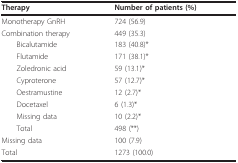
<table><thead><tr><td><b>Therapy</b></td><td><b>Number of patients (%)</b></td></tr></thead><tbody><tr><td>Monotherapy GnRH</td><td>724 (56.9)</td></tr><tr><td>Combination therapy</td><td>449 (35.3)</td></tr><tr><td> Bicalutamide</td><td>183 (40.8)*</td></tr><tr><td> Flutamide</td><td>171 (38.1)*</td></tr><tr><td> Zoledronic acid</td><td>59 (13.1)*</td></tr><tr><td> Cyproterone</td><td>57 (12.7)*</td></tr><tr><td> Oestramustine</td><td>12 (2.7)*</td></tr><tr><td> Docetaxel</td><td>6 (1.3)*</td></tr><tr><td> Missing data</td><td>10 (2.2)*</td></tr><tr><td> Total</td><td>498 (**)</td></tr><tr><td>Missing data</td><td>100 (7.9)</td></tr><tr><td>Total</td><td>1273 (100.0)</td></tr></tbody></table>